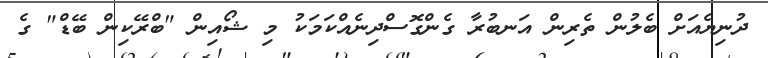
ދުނިޔެއަށް ބެލުން ތެރިން އަނބުރާ ގެންގޮސްދިނެއްކަމަކު މި ޝޯއިން "ބްރޭކިން ބޭޑް" ގެ